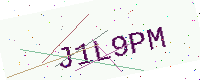
Text: J1L9PM